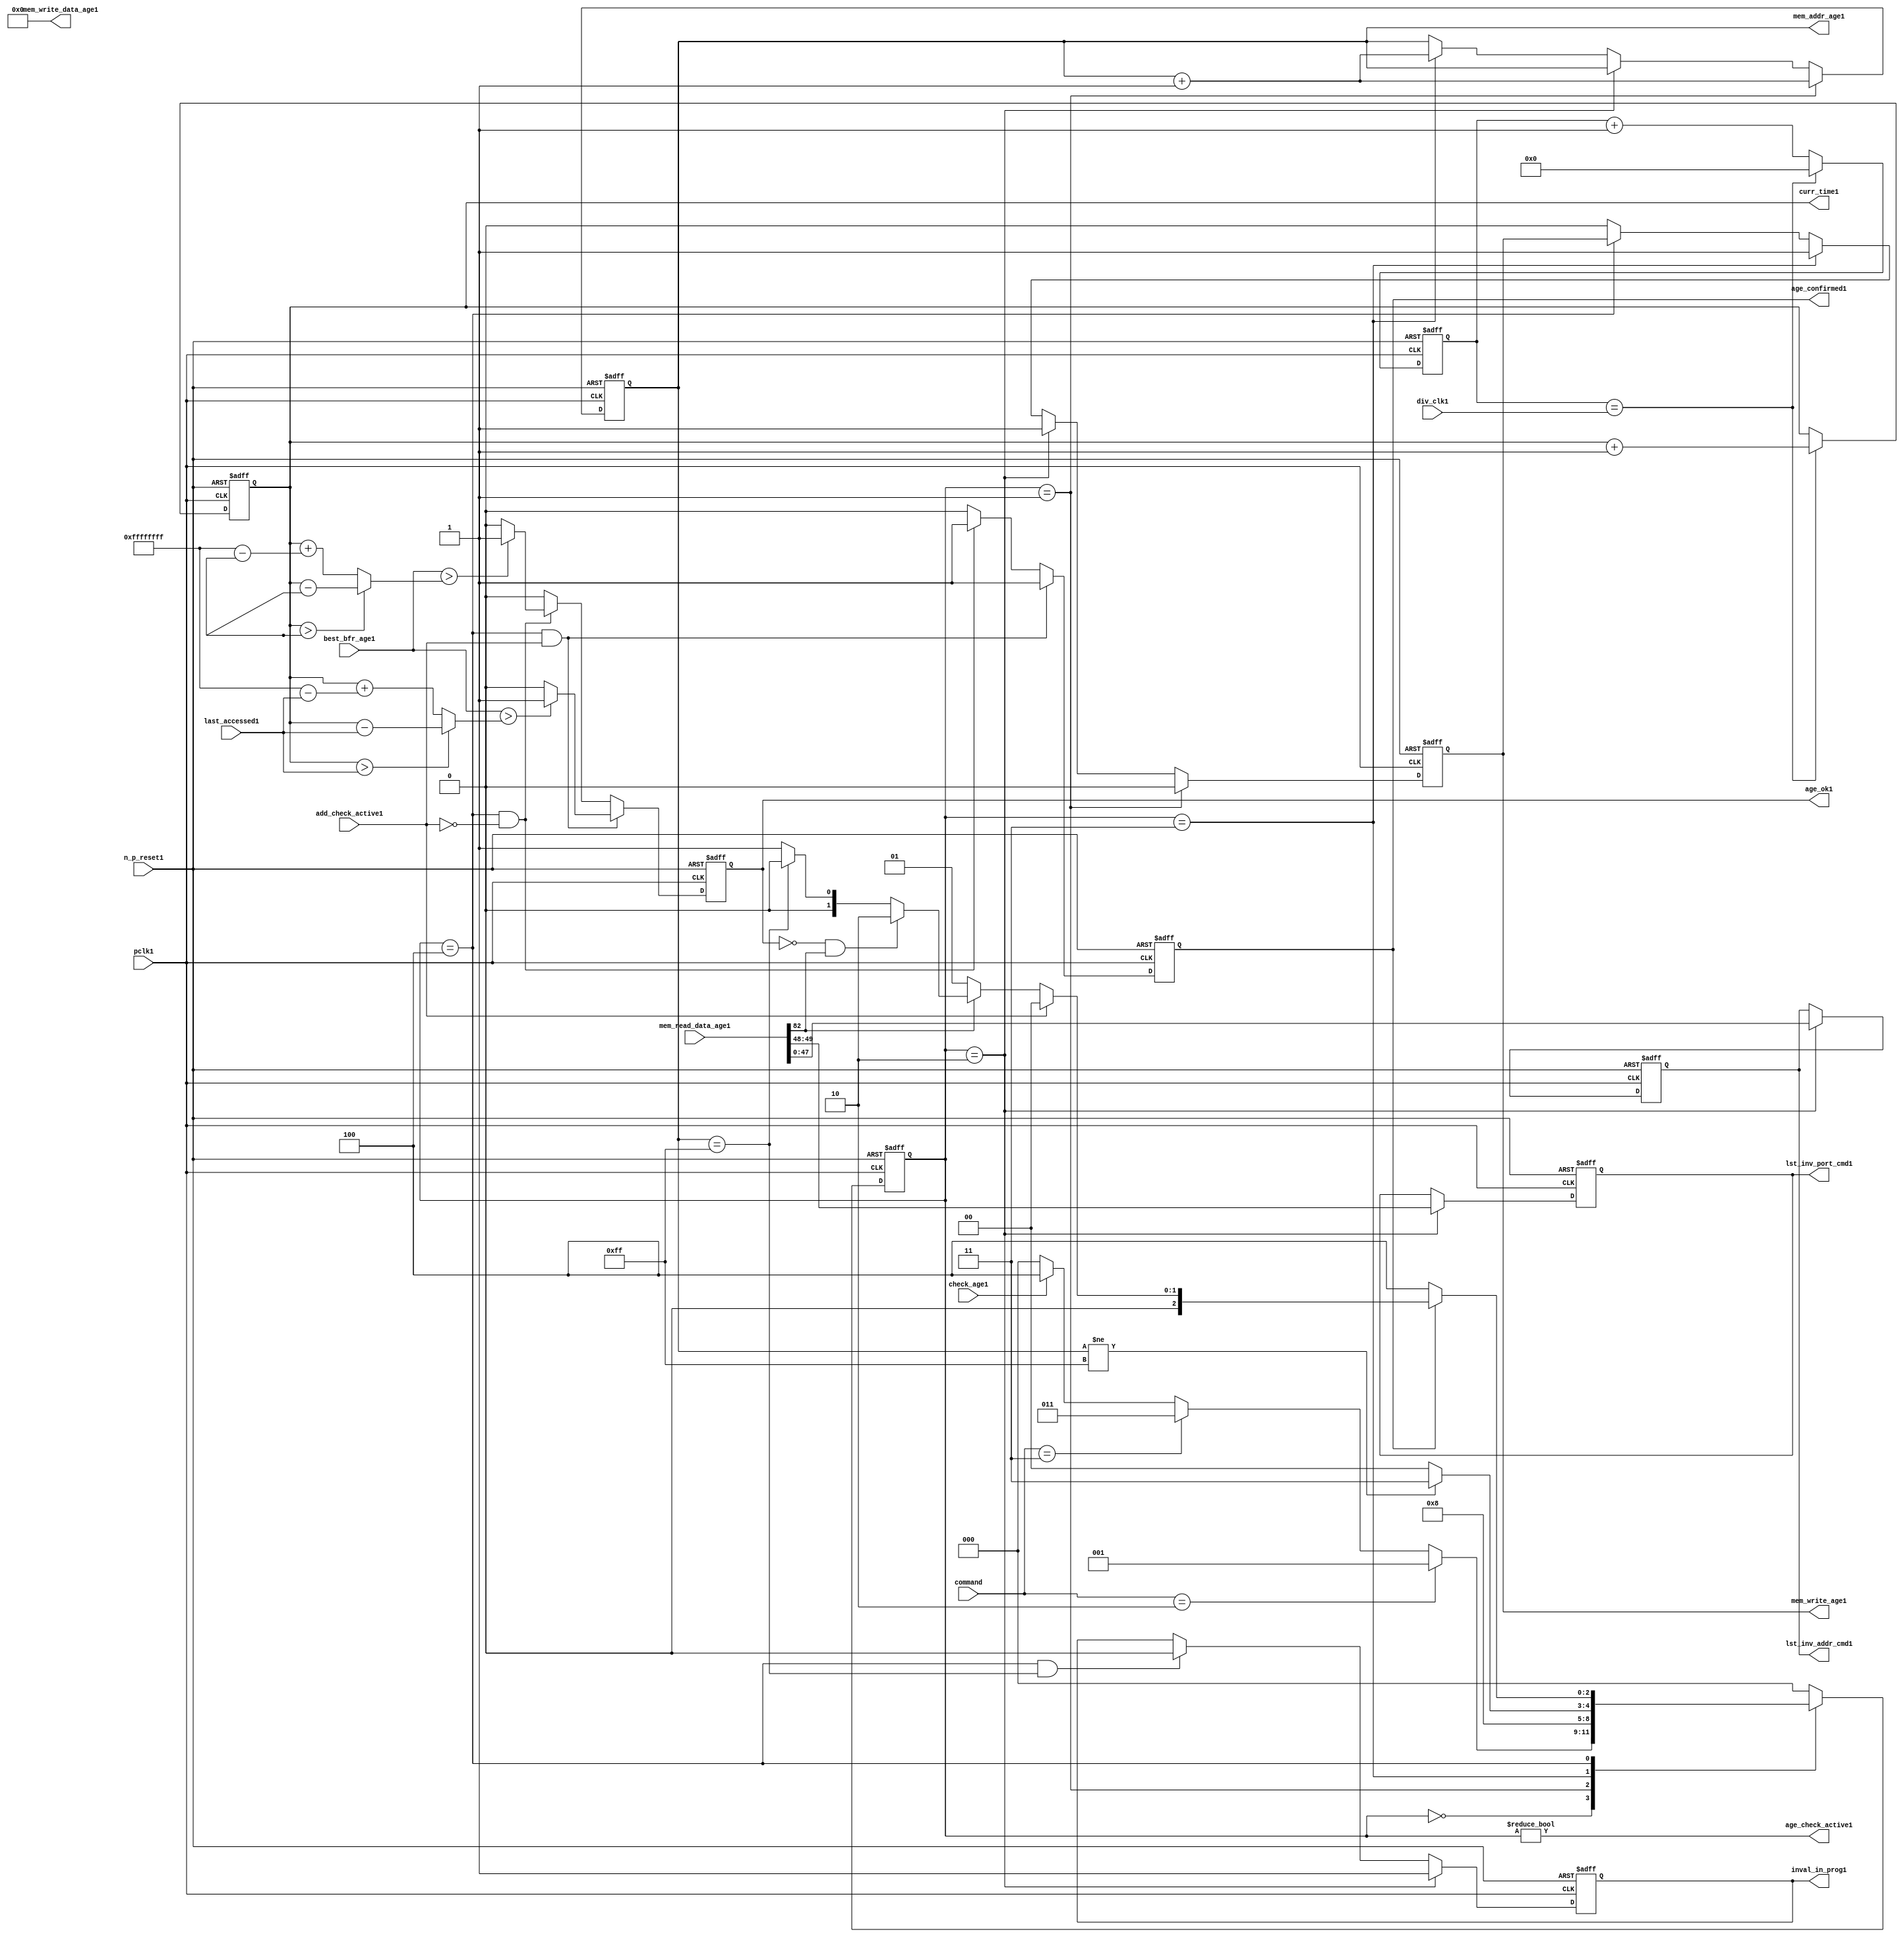
//File1 name   : alut_age_checker1.v
//Title1       : 
//Created1     : 1999
//Description1 : 
//Notes1       : 
//----------------------------------------------------------------------
//   Copyright1 1999-2010 Cadence1 Design1 Systems1, Inc1.
//   All Rights1 Reserved1 Worldwide1
//
//   Licensed1 under the Apache1 License1, Version1 2.0 (the
//   "License1"); you may not use this file except1 in
//   compliance1 with the License1.  You may obtain1 a copy of
//   the License1 at
//
//       http1://www1.apache1.org1/licenses1/LICENSE1-2.0
//
//   Unless1 required1 by applicable1 law1 or agreed1 to in
//   writing, software1 distributed1 under the License1 is
//   distributed1 on an "AS1 IS1" BASIS1, WITHOUT1 WARRANTIES1 OR1
//   CONDITIONS1 OF1 ANY1 KIND1, either1 express1 or implied1.  See
//   the License1 for the specific1 language1 governing1
//   permissions1 and limitations1 under the License1.
//----------------------------------------------------------------------

module alut_age_checker1
(   
   // Inputs1
   pclk1,
   n_p_reset1,
   command,          
   div_clk1,          
   mem_read_data_age1,
   check_age1,        
   last_accessed1, 
   best_bfr_age1,   
   add_check_active1,

   // outputs1
   curr_time1,         
   mem_addr_age1,      
   mem_write_age1,     
   mem_write_data_age1,
   lst_inv_addr_cmd1,    
   lst_inv_port_cmd1,  
   age_confirmed1,     
   age_ok1,
   inval_in_prog1,  
   age_check_active1          
);   

   input               pclk1;               // APB1 clock1                           
   input               n_p_reset1;          // Reset1                               
   input [1:0]         command;            // command bus                        
   input [7:0]         div_clk1;            // clock1 divider1 value
   input [82:0]        mem_read_data_age1;  // read data from memory             
   input               check_age1;          // request flag1 for age1 check
   input [31:0]        last_accessed1;      // time field sent1 for age1 check
   input [31:0]        best_bfr_age1;       // best1 before age1
   input               add_check_active1;   // active flag1 from address checker

   output [31:0]       curr_time1;          // current time,for storing1 in mem    
   output [7:0]        mem_addr_age1;       // address for R/W1 to memory     
   output              mem_write_age1;      // R/W1 flag1 (write = high1)            
   output [82:0]       mem_write_data_age1; // write data for memory             
   output [47:0]       lst_inv_addr_cmd1;   // last invalidated1 addr normal1 op    
   output [1:0]        lst_inv_port_cmd1;   // last invalidated1 port normal1 op    
   output              age_confirmed1;      // validates1 age_ok1 result 
   output              age_ok1;             // age1 checker result - set means1 in-date1
   output              inval_in_prog1;      // invalidation1 in progress1
   output              age_check_active1;   // bit 0 of status register           

   reg  [2:0]          age_chk_state1;      // age1 checker FSM1 current state
   reg  [2:0]          nxt_age_chk_state1;  // age1 checker FSM1 next state
   reg  [7:0]          mem_addr_age1;     
   reg                 mem_write_age1;    
   reg                 inval_in_prog1;      // invalidation1 in progress1
   reg  [7:0]          clk_div_cnt1;        // clock1 divider1 counter
   reg  [31:0]         curr_time1;          // current time,for storing1 in mem  
   reg                 age_confirmed1;      // validates1 age_ok1 result 
   reg                 age_ok1;             // age1 checker result - set means1 in-date1
   reg [47:0]          lst_inv_addr_cmd1;   // last invalidated1 addr normal1 op    
   reg [1:0]           lst_inv_port_cmd1;   // last invalidated1 port normal1 op    

   wire  [82:0]        mem_write_data_age1;
   wire  [31:0]        last_accessed_age1;  // read back time by age1 checker
   wire  [31:0]        time_since_lst_acc_age1;  // time since1 last accessed age1
   wire  [31:0]        time_since_lst_acc1; // time since1 last accessed address
   wire                age_check_active1;   // bit 0 of status register           

// Parameters1 for Address Checking1 FSM1 states1
   parameter idle1           = 3'b000;
   parameter inval_aged_rd1  = 3'b001;
   parameter inval_aged_wr1  = 3'b010;
   parameter inval_all1      = 3'b011;
   parameter age_chk1        = 3'b100;

   parameter max_addr       = 8'hff;
   parameter max_cnt1        = 32'hffff_ffff;

// -----------------------------------------------------------------------------
//   Generate1 current time counter
// -----------------------------------------------------------------------------
always @ (posedge pclk1 or negedge n_p_reset1)
   begin
   if (~n_p_reset1)
      clk_div_cnt1 <= 8'd0;
   else if (clk_div_cnt1 == div_clk1)
      clk_div_cnt1 <= 8'd0; 
   else 
      clk_div_cnt1 <= clk_div_cnt1 + 1'd1;
   end


always @ (posedge pclk1 or negedge n_p_reset1)
   begin
   if (~n_p_reset1)
      curr_time1 <= 32'd0;
   else if (clk_div_cnt1 == div_clk1)
      curr_time1 <= curr_time1 + 1'd1;
   end


// -----------------------------------------------------------------------------
//   Age1 checker State1 Machine1 
// -----------------------------------------------------------------------------
always @ (command or check_age1 or age_chk_state1 or age_confirmed1 or age_ok1 or
          mem_addr_age1 or mem_read_data_age1[82])
   begin
      case (age_chk_state1)
      
      idle1:
         if (command == 2'b10)
            nxt_age_chk_state1 = inval_aged_rd1;
         else if (command == 2'b11)
            nxt_age_chk_state1 = inval_all1;
         else if (check_age1)
            nxt_age_chk_state1 = age_chk1;
         else
            nxt_age_chk_state1 = idle1;

      inval_aged_rd1:
            nxt_age_chk_state1 = age_chk1;

      inval_aged_wr1:
            nxt_age_chk_state1 = idle1;

      inval_all1:
         if (mem_addr_age1 != max_addr)
            nxt_age_chk_state1 = inval_all1;  // move1 onto1 next address
         else
            nxt_age_chk_state1 = idle1;

      age_chk1:
         if (age_confirmed1)
            begin
            if (add_check_active1)                     // age1 check for addr chkr1
               nxt_age_chk_state1 = idle1;
            else if (~mem_read_data_age1[82])      // invalid, check next location1
               nxt_age_chk_state1 = inval_aged_rd1; 
            else if (~age_ok1 & mem_read_data_age1[82]) // out of date1, clear 
               nxt_age_chk_state1 = inval_aged_wr1;
            else if (mem_addr_age1 == max_addr)    // full check completed
               nxt_age_chk_state1 = idle1;     
            else 
               nxt_age_chk_state1 = inval_aged_rd1; // age1 ok, check next location1 
            end       
         else
            nxt_age_chk_state1 = age_chk1;

      default:
            nxt_age_chk_state1 = idle1;
      endcase
   end



always @ (posedge pclk1 or negedge n_p_reset1)
   begin
   if (~n_p_reset1)
      age_chk_state1 <= idle1;
   else
      age_chk_state1 <= nxt_age_chk_state1;
   end


// -----------------------------------------------------------------------------
//   Generate1 memory RW bus for accessing array when requested1 to invalidate1 all
//   aged1 addresses1 and all addresses1.
// -----------------------------------------------------------------------------
always @ (posedge pclk1 or negedge n_p_reset1)
   begin
   if (~n_p_reset1)
   begin
      mem_addr_age1 <= 8'd0;     
      mem_write_age1 <= 1'd0;    
   end
   else if (age_chk_state1 == inval_aged_rd1)  // invalidate1 aged1 read
   begin
      mem_addr_age1 <= mem_addr_age1 + 1'd1;     
      mem_write_age1 <= 1'd0;    
   end
   else if (age_chk_state1 == inval_aged_wr1)  // invalidate1 aged1 read
   begin
      mem_addr_age1 <= mem_addr_age1;     
      mem_write_age1 <= 1'd1;    
   end
   else if (age_chk_state1 == inval_all1)  // invalidate1 all
   begin
      mem_addr_age1 <= mem_addr_age1 + 1'd1;     
      mem_write_age1 <= 1'd1;    
   end
   else if (age_chk_state1 == age_chk1)
   begin
      mem_addr_age1 <= mem_addr_age1;     
      mem_write_age1 <= mem_write_age1;    
   end
   else 
   begin
      mem_addr_age1 <= mem_addr_age1;     
      mem_write_age1 <= 1'd0;    
   end
   end

// age1 checker will only ever1 write zero values to ALUT1 mem
assign mem_write_data_age1 = 83'd0;



// -----------------------------------------------------------------------------
//   Generate1 invalidate1 in progress1 flag1 (bit 1 of status register)
// -----------------------------------------------------------------------------
always @ (posedge pclk1 or negedge n_p_reset1)
   begin
   if (~n_p_reset1)
      inval_in_prog1 <= 1'd0;
   else if (age_chk_state1 == inval_aged_wr1) 
      inval_in_prog1 <= 1'd1;
   else if ((age_chk_state1 == age_chk1) & (mem_addr_age1 == max_addr))
      inval_in_prog1 <= 1'd0;
   else
      inval_in_prog1 <= inval_in_prog1;
   end


// -----------------------------------------------------------------------------
//   Calculate1 whether1 data is still in date1.  Need1 to work1 out the real time
//   gap1 between current time and last accessed.  If1 this gap1 is greater than
//   the best1 before age1, then1 the data is out of date1. 
// -----------------------------------------------------------------------------
assign time_since_lst_acc1 = (curr_time1 > last_accessed1) ? 
                            (curr_time1 - last_accessed1) :  // no cnt wrapping1
                            (curr_time1 + (max_cnt1 - last_accessed1));

assign time_since_lst_acc_age1 = (curr_time1 > last_accessed_age1) ? 
                                (curr_time1 - last_accessed_age1) : // no wrapping1
                                (curr_time1 + (max_cnt1 - last_accessed_age1));


always @ (posedge pclk1 or negedge n_p_reset1)
   begin
   if (~n_p_reset1)
      begin
      age_ok1 <= 1'b0;
      age_confirmed1 <= 1'b0;
      end
   else if ((age_chk_state1 == age_chk1) & add_check_active1) 
      begin                                       // age1 checking for addr chkr1
      if (best_bfr_age1 > time_since_lst_acc1)      // still in date1
         begin
         age_ok1 <= 1'b1;
         age_confirmed1 <= 1'b1;
         end
      else   // out of date1
         begin
         age_ok1 <= 1'b0;
         age_confirmed1 <= 1'b1;
         end
      end
   else if ((age_chk_state1 == age_chk1) & ~add_check_active1)
      begin                                      // age1 checking for inval1 aged1
      if (best_bfr_age1 > time_since_lst_acc_age1) // still in date1
         begin
         age_ok1 <= 1'b1;
         age_confirmed1 <= 1'b1;
         end
      else   // out of date1
         begin
         age_ok1 <= 1'b0;
         age_confirmed1 <= 1'b1;
         end
      end
   else
      begin
      age_ok1 <= 1'b0;
      age_confirmed1 <= 1'b0;
      end
   end



// -----------------------------------------------------------------------------
//   Generate1 last address and port that was cleared1 in the invalid aged1 process
// -----------------------------------------------------------------------------
always @ (posedge pclk1 or negedge n_p_reset1)
   begin
   if (~n_p_reset1)
      begin
      lst_inv_addr_cmd1 <= 48'd0;
      lst_inv_port_cmd1 <= 2'd0;
      end
   else if (age_chk_state1 == inval_aged_wr1)
      begin
      lst_inv_addr_cmd1 <= mem_read_data_age1[47:0];
      lst_inv_port_cmd1 <= mem_read_data_age1[49:48];
      end
   else 
      begin
      lst_inv_addr_cmd1 <= lst_inv_addr_cmd1;
      lst_inv_port_cmd1 <= lst_inv_port_cmd1;
      end
   end


// -----------------------------------------------------------------------------
//   Set active bit of status, decoded1 off1 age_chk_state1
// -----------------------------------------------------------------------------
assign age_check_active1 = (age_chk_state1 != 3'b000);

endmodule